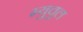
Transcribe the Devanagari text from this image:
म्युचुल